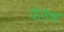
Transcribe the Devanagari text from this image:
पैलेश